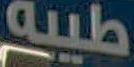
طيبة